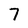
Character: 7